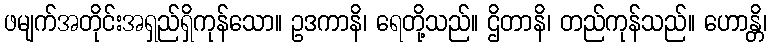
ဖမျက်အတိုင်းအရှည်ရှိကုန်သော။ ဥဒကာနိ၊ ရေတို့သည်။ ဌိတာနိ၊ တည်ကုန်သည်။ ဟောန္တိ၊